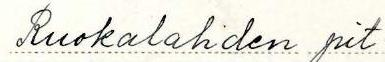
Ruokolahden pit.